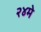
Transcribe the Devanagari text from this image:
२४मे